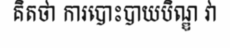
គិតថា ការបោះបាយបិណ្ឌ វា